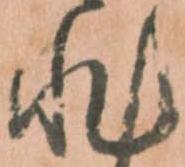
非